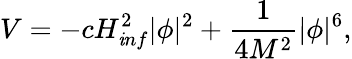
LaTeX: V=-cH_{\mathit inf}^{2}|\phi|^{2}+\frac{1}{4M^{2}}|\phi|^{6},